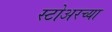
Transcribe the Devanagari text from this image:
स्टोअरच्या